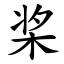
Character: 桨